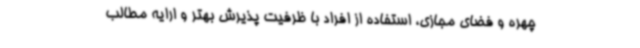
چهره و فضای مجازی، استفاده از افراد با ظرفیت پذیرش بهتر و ارایه مطالب